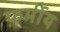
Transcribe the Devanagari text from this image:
फर्मीय